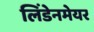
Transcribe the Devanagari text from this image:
लिंडेनमेयर